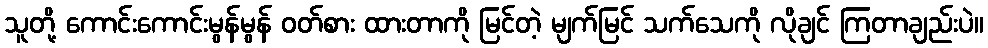
သူတို့ ကောင်းကောင်းမွန်မွန် ဝတ်စား ထားတာကို မြင်တဲ့ မျက်မြင် သက်သေကို လိုချင် ကြတာချည်းပဲ။